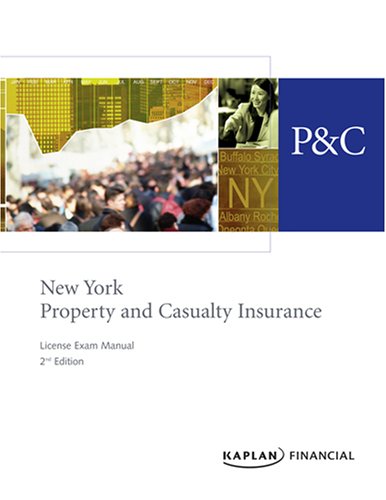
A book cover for New York Property & Casualty Insurance License Exam Manual, 2nd Edition; Kaplan Financial; Business & Money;